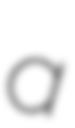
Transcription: a